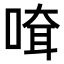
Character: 𠸊